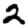
Digit: 2